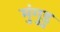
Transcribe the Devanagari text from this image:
मुंगुडु